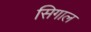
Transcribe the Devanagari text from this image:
सिगाल